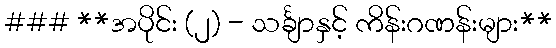
### **အပိုင်း (၂) - သင်္ချာနှင့် ကိန်းဂဏန်းများ**